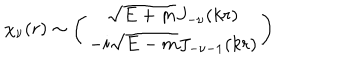
\chi _ { \nu } ( r ) \sim \left( \begin{array} { c } { { \sqrt { E + m } J _ { - \nu } ( k r ) } } \\ { { - i \sqrt { E - m } J _ { - \nu - 1 } ( k r ) } } \\ \end{array} \right)